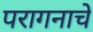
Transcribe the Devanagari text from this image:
परागनाचे